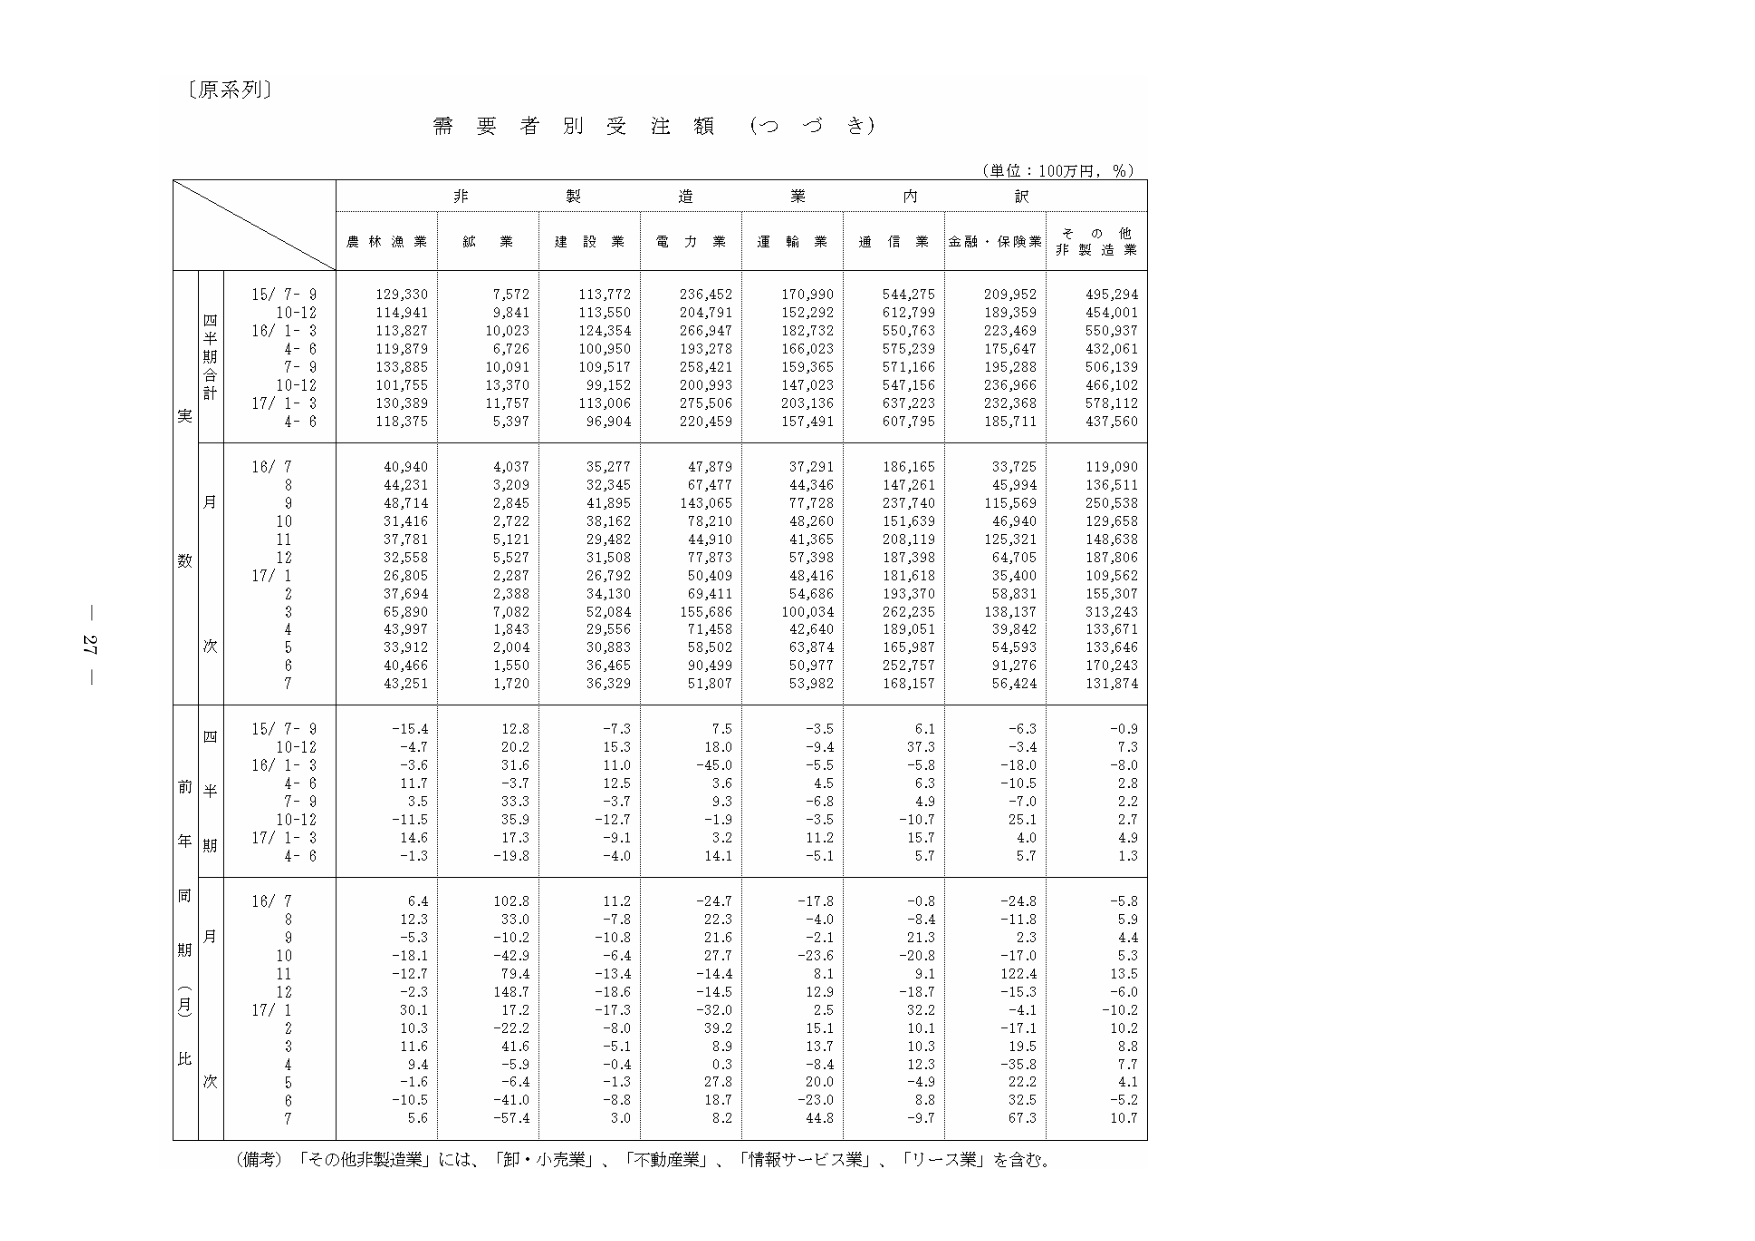
〔原系列〕

需要者別受注額（つづき）

（単位：100万円，％）